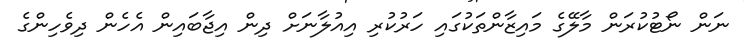
ނަން ނޯޓުކުރަން މާލޭގެ މައިޒާންތަކުގައި ހަރުކުރި އިއުލާނަށް ދިން އިޖާބައިން އެހެން ދިވެހިންގެ